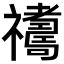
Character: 𥜣